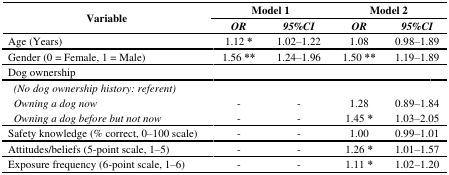
<table><thead><tr><td rowspan="2"><b>Variable</b></td><td colspan="2"><b>Model 1</b></td><td colspan="2"><b>Model 2</b></td></tr><tr><td><b><i>OR</i></b></td><td><b><i>95%CI</i></b></td><td><b><i>OR</i></b></td><td><b><i>95%CI</i></b></td></tr></thead><tbody><tr><td>Age (Years)</td><td>1.12 *</td><td>1.02–1.22</td><td>1.08</td><td>0.98–1.89</td></tr><tr><td>Gender (0 = Female, 1 = Male)</td><td>1.56 **</td><td>1.24–1.96</td><td>1.50 **</td><td>1.19–1.89</td></tr><tr><td>Dog ownership</td><td colspan="4"></td></tr><tr><td><i> (No dog ownership history: referent)</i></td><td colspan="4"></td></tr><tr><td><i> Owning a dog now</i></td><td>-</td><td>-</td><td>1.28</td><td>0.89–1.84</td></tr><tr><td><i> Owning a dog before but not now</i></td><td>-</td><td>-</td><td>1.45 *</td><td>1.03–2.05</td></tr><tr><td>Safety knowledge (% correct, 0–100 scale)</td><td>-</td><td>-</td><td>1.00</td><td>0.99–1.01</td></tr><tr><td>Attitudes/beliefs (5-point scale, 1–5)</td><td>-</td><td>-</td><td>1.26 *</td><td>1.01–1.57</td></tr><tr><td>Exposure frequency (6-point scale, 1–6)</td><td>-</td><td>-</td><td>1.11 *</td><td>1.02–1.20</td></tr></tbody></table>